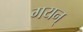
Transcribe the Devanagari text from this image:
गयन्